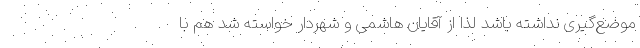
موضع‌گیری نداشته باشد لذا از آقایان هاشمی و شهردار خواسته شد هم با